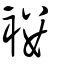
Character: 褸